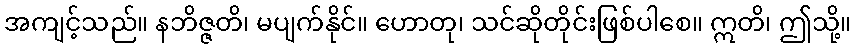
အကျင့်သည်။ နဘိဇ္ဇတိ၊ မပျက်နိုင်။ ဟောတု၊ သင်ဆိုတိုင်းဖြစ်ပါစေ။ ဣတိ၊ ဤသို့။